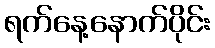
ရက်နေ့နောက်ပိုင်း